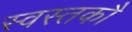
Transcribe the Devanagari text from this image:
स्वस्तकौ